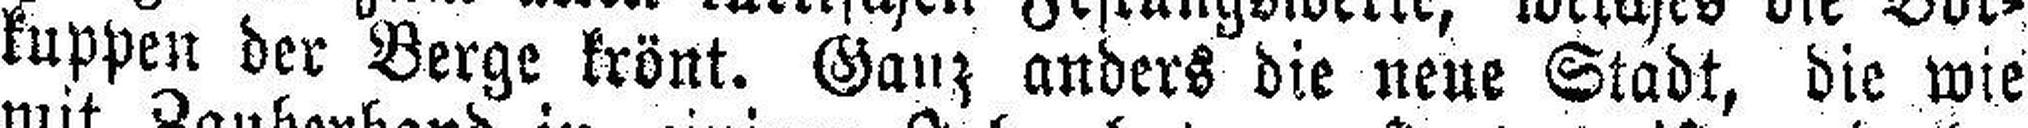
kuppen der Berge krönt. Ganz anders die neue Stadt, die wie